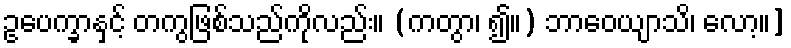
ဥပေက္ခာနှင့် တကွဖြစ်သည်ကိုလည်း။ (ကတွာ၊ ၍။) ဘာဝေယျာသိ၊ လော့။]